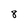
Character: 8